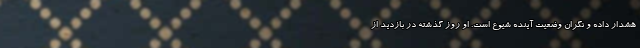
هشدار داده و نگران وضعیت آینده شیوع است. او روز گذشته در بازدید از